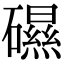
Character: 礘